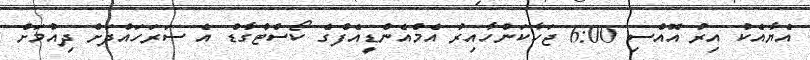
އެޔާއެކު އިރު އޮއްސި 6:00 ޖަހާކަންހާއިރު އެމްއެންޑީއެފްގެ ކޯސްޓްގާޑް އެ ސަރަހައްދަށް ދިއުމަށް